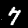
Label: 7